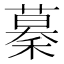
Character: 𥡡